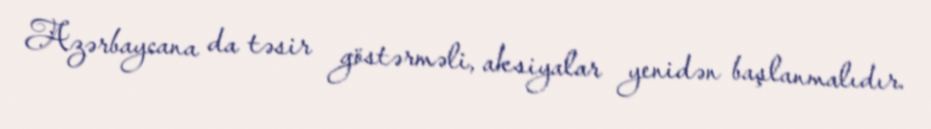
Azərbaycana da təsir göstərməli, aksiyalar yenidən başlanmalıdır.